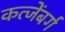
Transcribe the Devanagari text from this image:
कत्जेंबर्ग